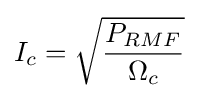
I_{c}={\sqrt {\frac {P_{RMF}}{\Omega _{c}}}}